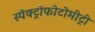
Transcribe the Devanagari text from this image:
स्पेक्ट्रोफोटोमीट्री